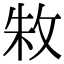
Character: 𫾭